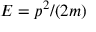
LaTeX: E = p ^ { 2 } / ( 2 m )